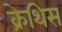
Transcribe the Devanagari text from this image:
क्रेथिस